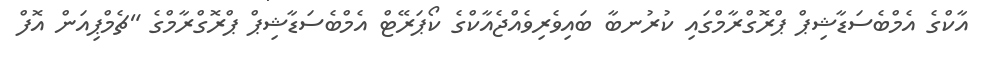
އާކްގެ އެމްބެސަޑާޝިޕް ޕްރޮގްރާމްގައި ކުރުނބާ ބައިވެރިވެއްޖެއާކްގެ ކޯޕަރޭޓް އެމްބެސަޑާޝިޕް ޕްރޮގްރާމްގެ "ޗެމްޕިއަން އޮފް